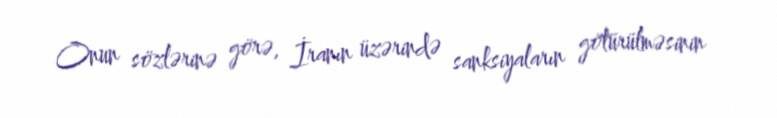
Onun sözlərinə görə, İranın üzərində sanksiyaların götürülməsinin